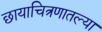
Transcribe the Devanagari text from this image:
छायाचित्रणातल्या